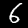
Digit: 6